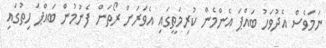
ނަމަވެސް އެދުވަހު ބައްޕަ އެންމެން ކުރިމަތީގައި އެވަރަށް ރޯތަން ފެނުމުން ބައްޕަ ހިތުގައި